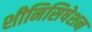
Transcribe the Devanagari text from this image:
शीनिसिषेशन